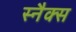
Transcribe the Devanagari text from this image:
स्‍नैक्‍स